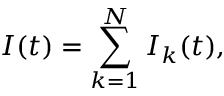
I ( t ) = \sum _ { k = 1 } ^ { N } I _ { k } ( t ) ,